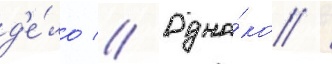
д'е́ло // Одна́ко /